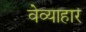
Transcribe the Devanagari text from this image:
वेव्याहार